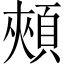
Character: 頰